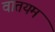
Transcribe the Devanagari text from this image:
वातयम